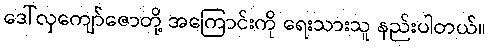
ဒေါ်လှကျော်ဇောတို့ အကြောင်းကို ရေးသားသူ နည်းပါတယ်။